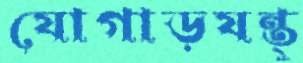
যোগাড়যন্ত্